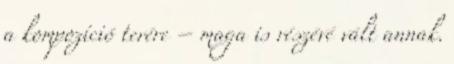
a kompozíció terére – maga is részévé vált annak.